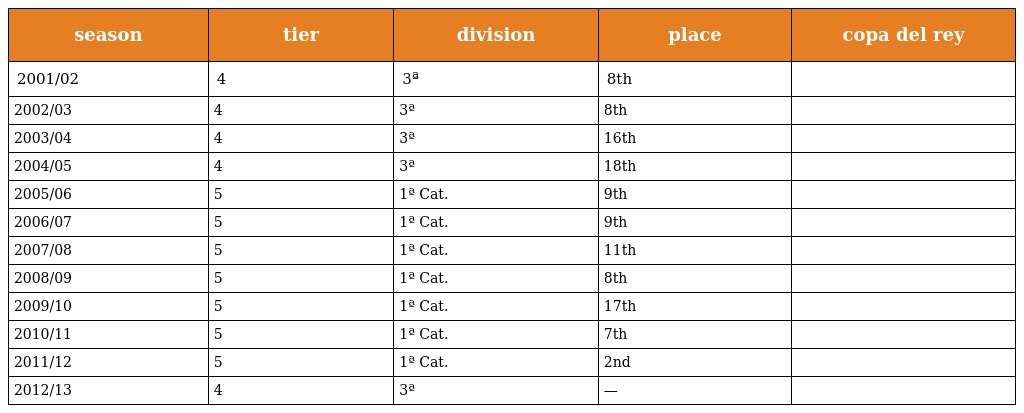
| season | tier | division | place | copa del rey |
 | --- | --- | --- | --- | --- |
 | 2001/02 | 4 | 3ª | 8th |  |
 | 2002/03 | 4 | 3ª | 8th |  |
 | 2003/04 | 4 | 3ª | 16th |  |
 | 2004/05 | 4 | 3ª | 18th |  |
 | 2005/06 | 5 | 1ª Cat. | 9th |  |
 | 2006/07 | 5 | 1ª Cat. | 9th |  |
 | 2007/08 | 5 | 1ª Cat. | 11th |  |
 | 2008/09 | 5 | 1ª Cat. | 8th |  |
 | 2009/10 | 5 | 1ª Cat. | 17th |  |
 | 2010/11 | 5 | 1ª Cat. | 7th |  |
 | 2011/12 | 5 | 1ª Cat. | 2nd |  |
 | 2012/13 | 4 | 3ª | — |  |